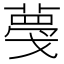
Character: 𦸑